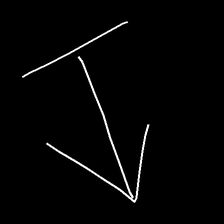
Glyph: levitation